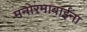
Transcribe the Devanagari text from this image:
मनोरमाबाईंना